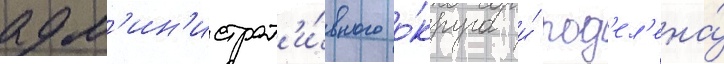
адм'ин'истрат'и́вного о́круга и́ под'ел'ена́